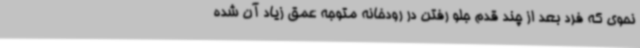
نحوی که فرد بعد از چند قدم جلو رفتن در رودخانه متوجه عمق زیاد آن شده